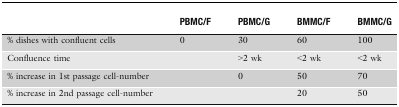
|  | PBMC/F | PBMC/G | BMMC/F | BMMC/G |
 | --- | --- | --- | --- | --- |
 | % dishes with confluent cells | 0 | 30 | 60 | 100 |
 | Confluence time |  | >2 wk | <2 wk | <2 wk |
 | % increase in 1st passage cell-number |  | 0 | 50 | 70 |
 | % increase in 2nd passage cell-number |  |  | 20 | 50 |